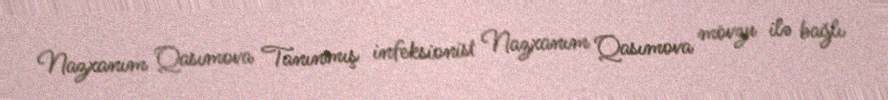
Nazxanım Qasımova Tanınmış infeksionist Nazxanım Qasımova mövzu ilə bağlı